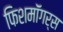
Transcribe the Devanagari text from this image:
फिशमॉंगर्स